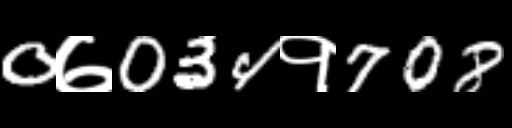
Text: 0७034१708